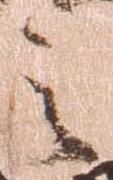
之